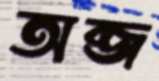
অব্জ